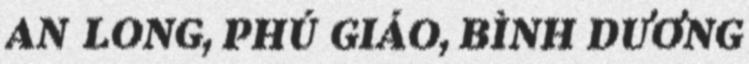
AN LONG, PHÚ GIÁO, BÌNH DƯƠNG